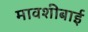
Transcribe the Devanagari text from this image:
मावशीबाई